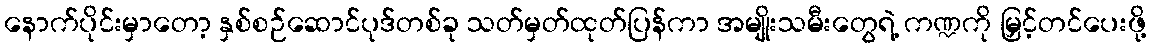
နောက်ပိုင်းမှာတော့ နှစ်စဉ်ဆောင်ပုဒ်တစ်ခု သတ်မှတ်ထုတ်ပြန်ကာ အမျိုးသမီးတွေရဲ့ ကဏ္ဍကို မြှင့်တင်ပေးဖို့